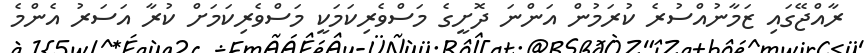
ރާއްޖޭގައި ޒަމާނުއްސުރެ ކުރަމުން އަންނަ ދޮށީގެ މަސްވެރިކަމަކީ މަސްވެރިކަމަށް ކުރާ އަސަރު އެންމެ